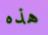
هذه